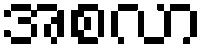
အစလာ